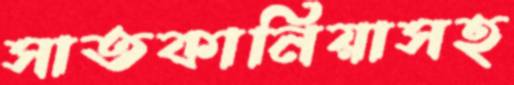
সাতকানিয়াসহ